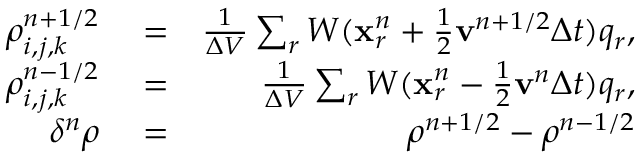
\begin{array} { r l r } { \rho _ { i , j , k } ^ { n + 1 / 2 } } & { { } = } & { \frac { 1 } { \Delta V } \sum _ { r } W ( \mathbf { x } _ { r } ^ { n } + \frac { 1 } { 2 } \mathbf { v } ^ { n + 1 / 2 } \Delta t ) q _ { r } , } \\ { \rho _ { i , j , k } ^ { n - 1 / 2 } } & { { } = } & { \frac { 1 } { \Delta V } \sum _ { r } W ( \mathbf { x } _ { r } ^ { n } - \frac { 1 } { 2 } \mathbf { v } ^ { n } \Delta t ) q _ { r } , } \\ { \delta ^ { n } \rho } & { { } = } & { \rho ^ { n + 1 / 2 } - \rho ^ { n - 1 / 2 } } \end{array}